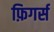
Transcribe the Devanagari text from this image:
फ़िगर्स